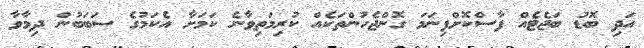
އަދި ބޮޑު ބަޖެޓެއް ފާސްކޮށްފިނަމަ ގޮންޖެހުންތަކެއް ކުރިމަތިވާނެ ކަމަށާ އެކަމުގެ ސަބަބުން ދިމާވާ